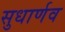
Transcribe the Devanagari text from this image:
सुधार्णव